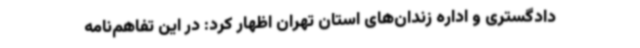
دادگستری و اداره زندان‌های استان تهران اظهار کرد: در این تفاهم‌نامه